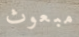
مبعوث